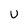
Character: U